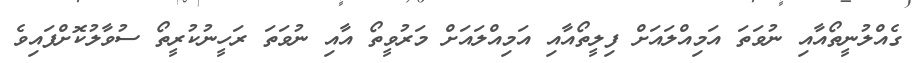
ގެއްލުނީތޯއާއި ނުވަތަ އަމިއްލައަށް ފިލީތޯއާއި އަމިއްލައަށް މަރުވީތޯ އާއި ނުވަތަ ރަހީނުކުރީތޯ ސުވާލުކޮށްފައިވެ